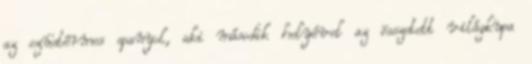
az ezüstérmes spanyol, aki második helyével az összetett világkupa